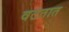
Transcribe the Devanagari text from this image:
वटतात